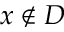
x \notin D